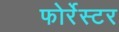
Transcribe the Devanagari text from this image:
फोर्रेस्टर